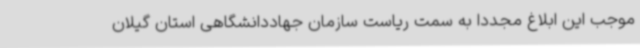
موجب این ابلاغ مجددا به سمت ریاست سازمان جهاددانشگاهی استان گیلان